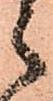
之